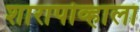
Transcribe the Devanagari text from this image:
शारापोव्हाला